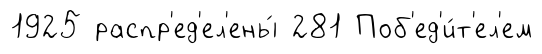
1925 распр'ед'ел'ены́ 281 Поб'ед'и́т'ел'ем